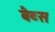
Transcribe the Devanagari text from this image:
बैब्स